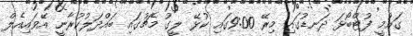
ގައުމީ ފުޓްބޯޅަ ދަނޑުގައި މިރޭ 9:00ގައި ކުޅޭ ލީގު މެޗުގައި ބައްދަލުކުރާނީ އޭވައިއެލް